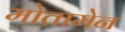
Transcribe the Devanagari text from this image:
मोतामेन